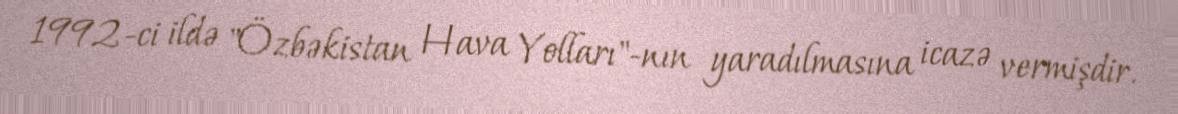
1992-ci ildə "Özbəkistan Hava Yolları"-nın yaradılmasına icazə vermişdir.